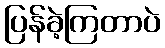
ပြန်ခဲ့ကြတာပဲ